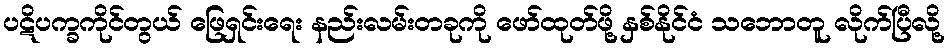
ပဋိပက္ခကိုင်တွယ် ဖြေရှင်းရေး နည်းလမ်းတခုကို ဖော်ထုတ်ဖို့ နှစ်နိုင်ငံ သဘောတူ လိုက်ပြီလို့